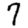
Digit: 7